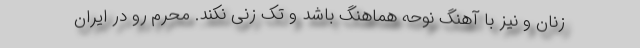
زنان و نیز با آهنگ نوحه هماهنگ باشد و تک زنی نکند. محرم رو در ایران